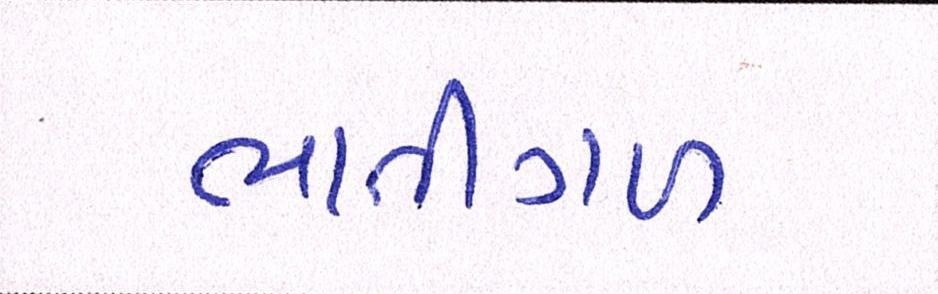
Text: ભાતીગળ